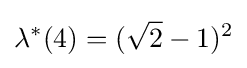
\lambda ^{*}(4)=({\sqrt {2}}-1)^{2}